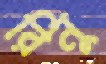
রিনু